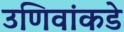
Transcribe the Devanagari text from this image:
उणिवांकडे